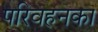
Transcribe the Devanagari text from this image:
परिवहनका